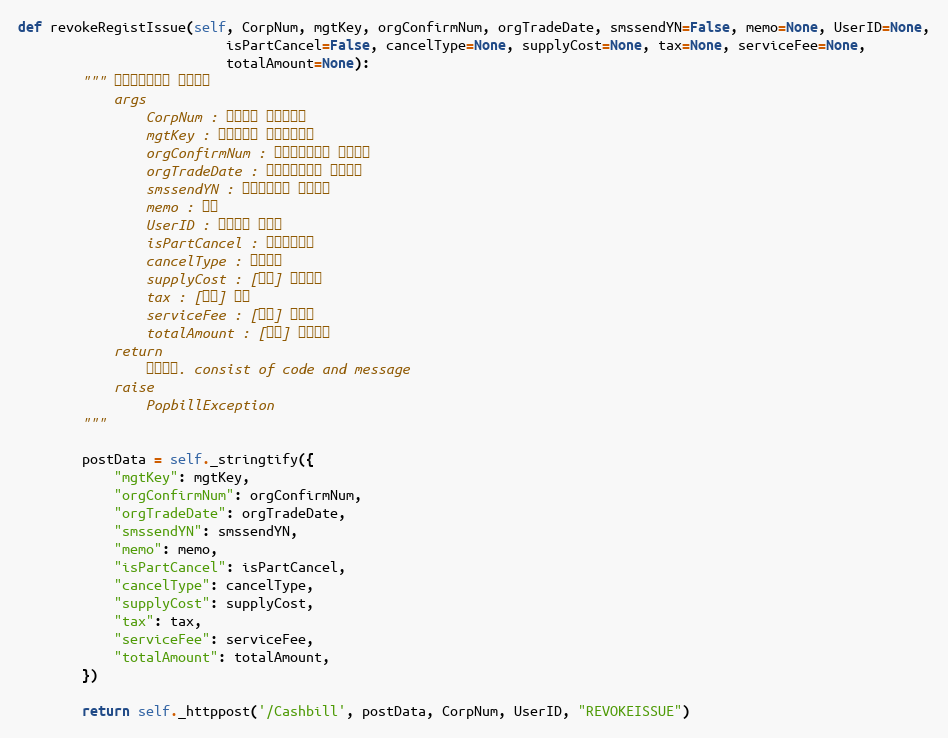
Language: Python
def revokeRegistIssue(self, CorpNum, mgtKey, orgConfirmNum, orgTradeDate, smssendYN=False, memo=None, UserID=None,
                          isPartCancel=False, cancelType=None, supplyCost=None, tax=None, serviceFee=None,
                          totalAmount=None):
        """ 취소현금영수증 즉시발행
            args
                CorpNum : 팝빌회원 사업자번호
                mgtKey : 현금영수증 문서관리번호
                orgConfirmNum : 원본현금영수증 승인번호
                orgTradeDate : 원본현금영수증 거래일자
                smssendYN : 발행안내문자 전송여부
                memo : 메모
                UserID : 팝빌회원 아이디
                isPartCancel : 부분취소여부
                cancelType : 취소사유
                supplyCost : [취소] 공급가액
                tax : [취소] 세액
                serviceFee : [취소] 봉사료
                totalAmount : [취소] 합계금액
            return
                처리결과. consist of code and message
            raise
                PopbillException
        """

        postData = self._stringtify({
            "mgtKey": mgtKey,
            "orgConfirmNum": orgConfirmNum,
            "orgTradeDate": orgTradeDate,
            "smssendYN": smssendYN,
            "memo": memo,
            "isPartCancel": isPartCancel,
            "cancelType": cancelType,
            "supplyCost": supplyCost,
            "tax": tax,
            "serviceFee": serviceFee,
            "totalAmount": totalAmount,
        })

        return self._httppost('/Cashbill', postData, CorpNum, UserID, "REVOKEISSUE")